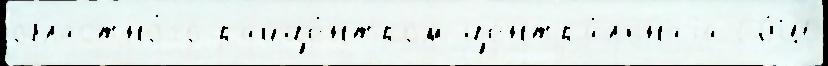
областно́го райце́нтром центра́льнаjа СОШ